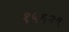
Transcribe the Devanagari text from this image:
१५६२९